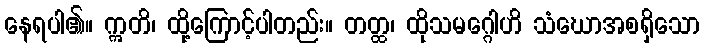
နေရပါ၏။ ဣတိ၊ ထို့ကြောင့်ပါတည်း။ တတ္ထ၊ ထိုသမဂ္ဂေါဟိ သံဃောအစရှိသော